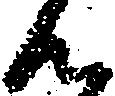
ん